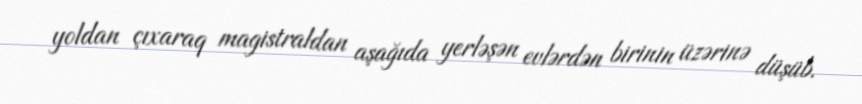
yoldan çıxaraq magistraldan aşağıda yerləşən evlərdən birinin üzərinə düşüb.